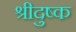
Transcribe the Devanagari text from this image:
श्रीदुष्क